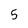
Character: 5